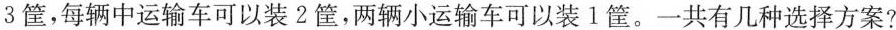
3筐，每辆中运输车可以装2筐，两辆小运输车可以装1筐。一共有几种选择方案?